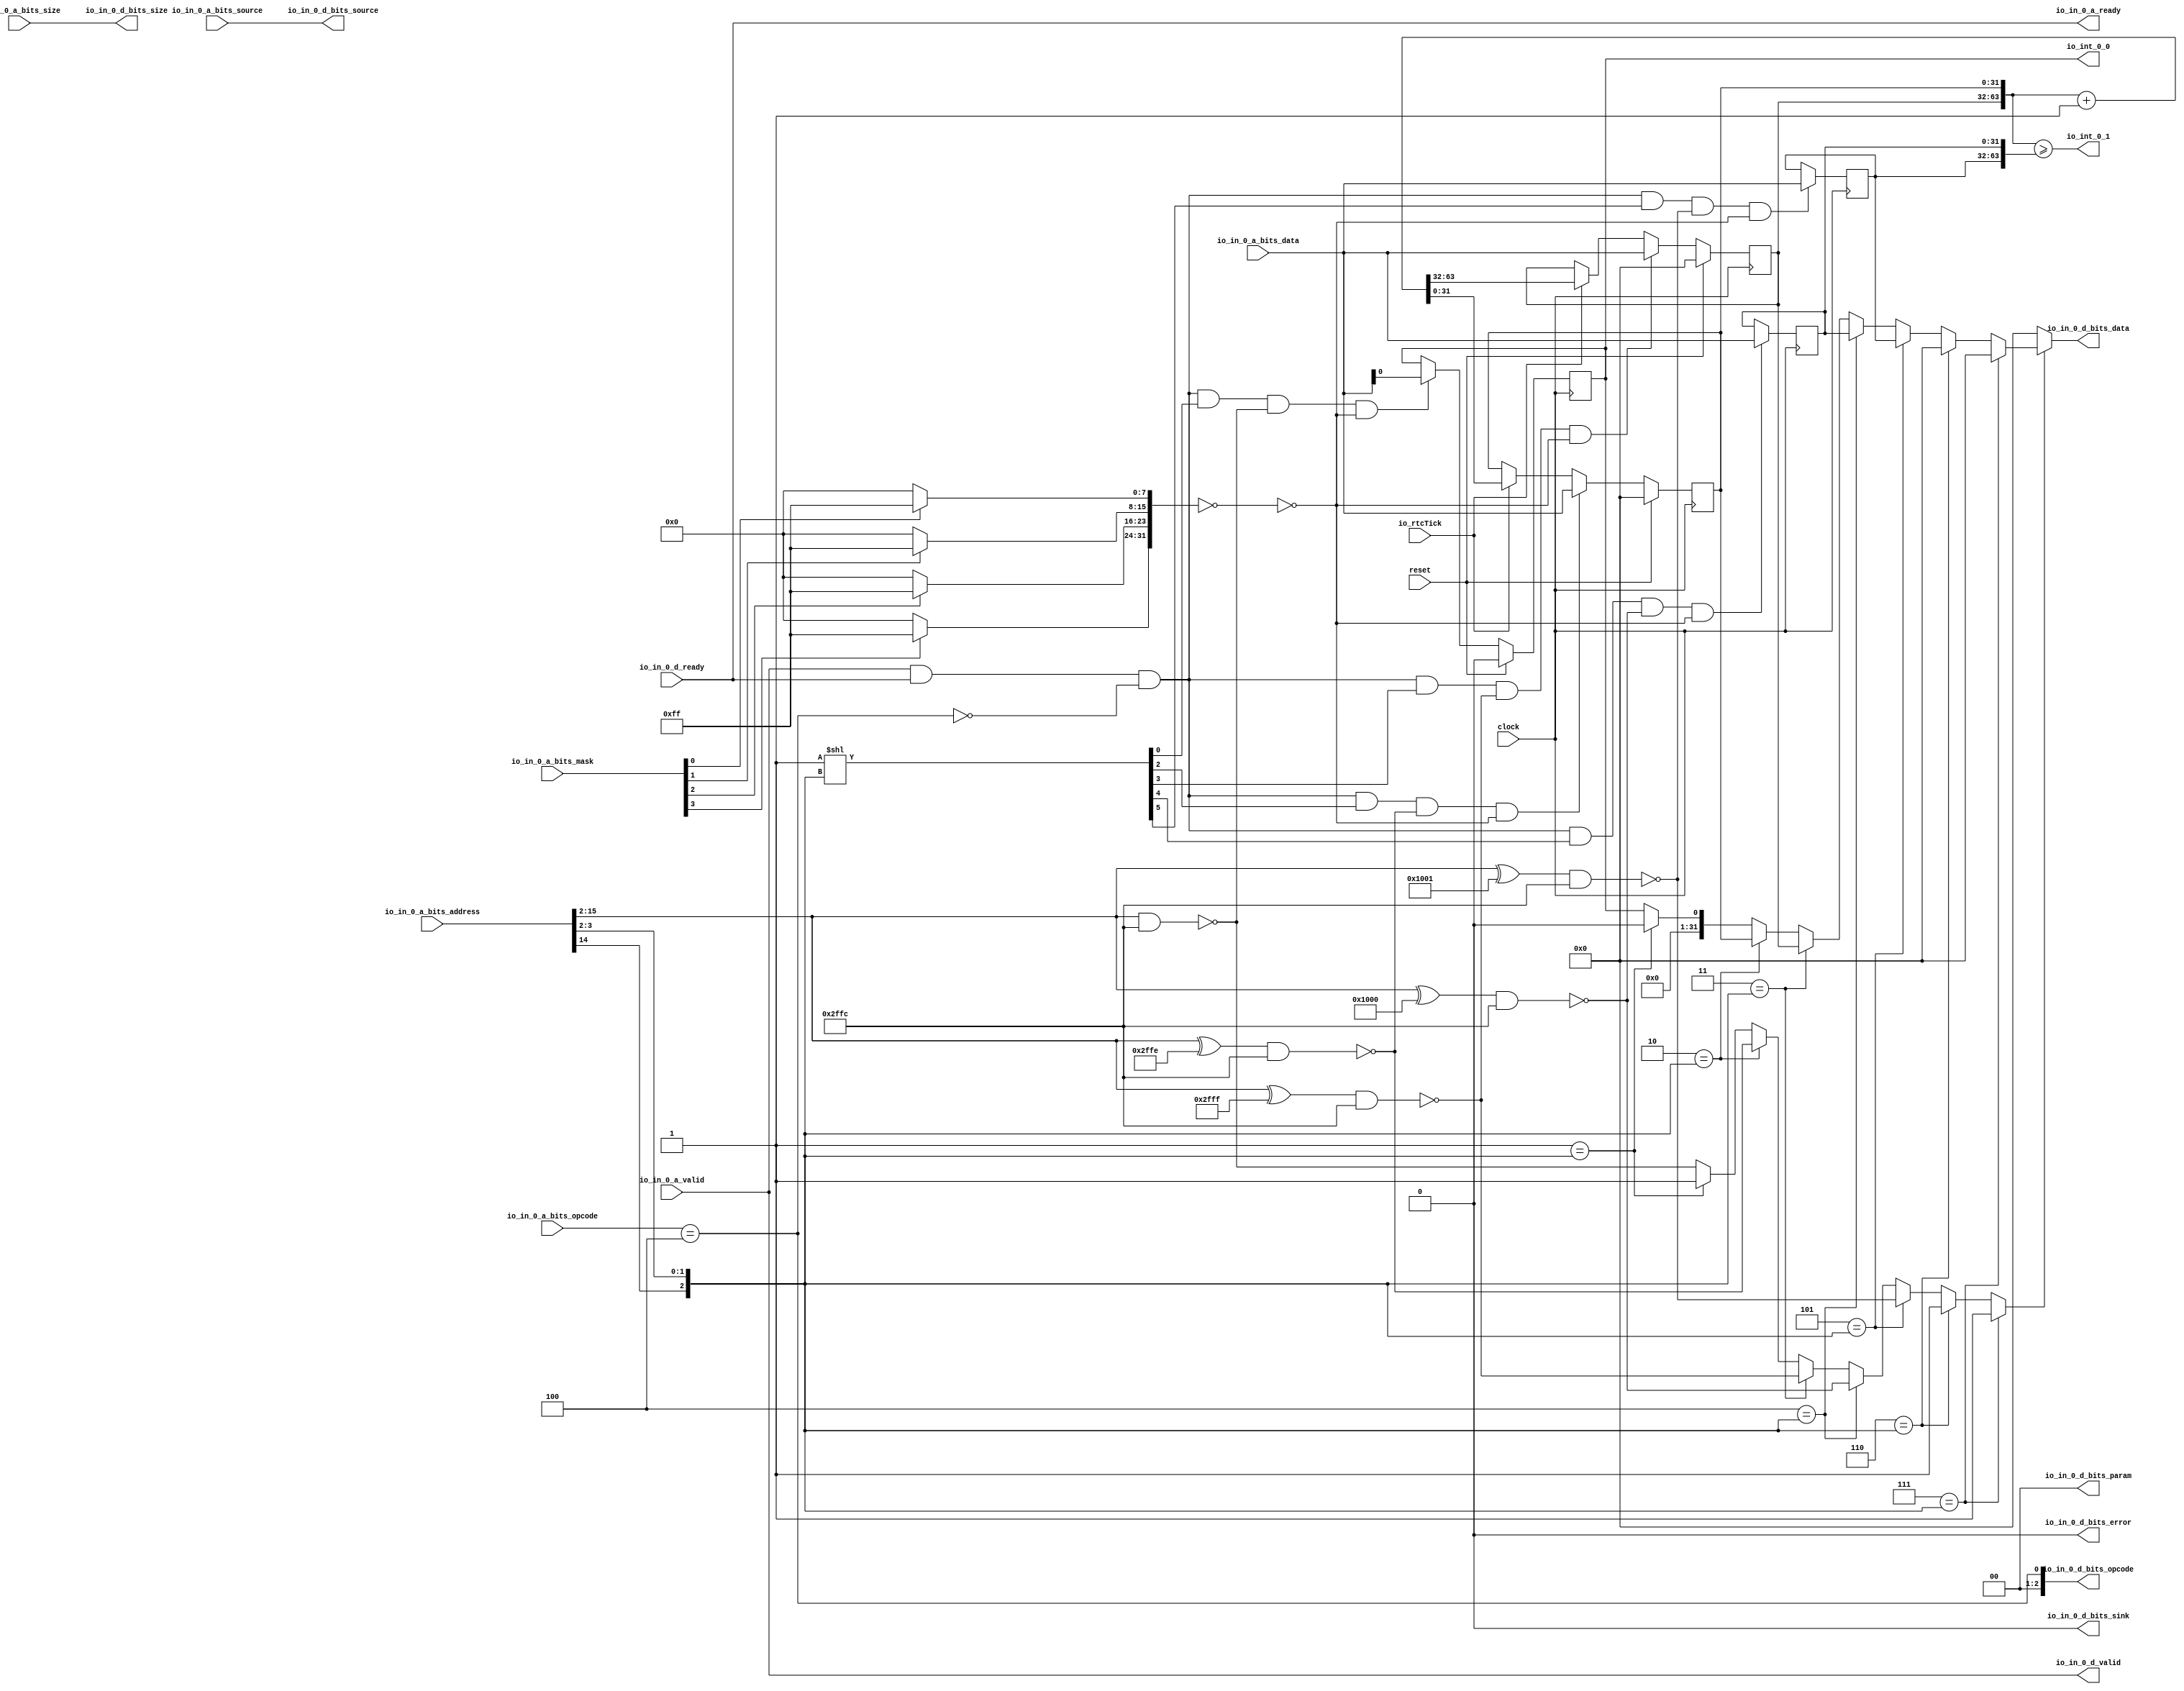
// Copyright (c) 2017, Microsemi Corporation
// All rights reserved.
//
// Redistribution and use in source and binary forms, with or without
// modification, are permitted provided that the following conditions are met:
//     * Redistributions of source code must retain the above copyright
//       notice, this list of conditions and the following disclaimer.
//     * Redistributions in binary form must reproduce the above copyright
//       notice, this list of conditions and the following disclaimer in the
//       documentation and/or other materials provided with the distribution.
//     * Neither the name of the <organization> nor the
//       names of its contributors may be used to endorse or promote products
//       derived from this software without specific prior written permission.
//
// THIS SOFTWARE IS PROVIDED BY THE COPYRIGHT HOLDERS AND CONTRIBUTORS "AS IS" AND
// ANY EXPRESS OR IMPLIED WARRANTIES, INCLUDING, BUT NOT LIMITED TO, THE IMPLIED
// WARRANTIES OF MERCHANTABILITY AND FITNESS FOR A PARTICULAR PURPOSE ARE
// DISCLAIMED. IN NO EVENT SHALL MICROSEMI CORPORATIONM BE LIABLE FOR ANY
// DIRECT, INDIRECT, INCIDENTAL, SPECIAL, EXEMPLARY, OR CONSEQUENTIAL DAMAGES
// (INCLUDING, BUT NOT LIMITED TO, PROCUREMENT OF SUBSTITUTE GOODS OR SERVICES;
// LOSS OF USE, DATA, OR PROFITS; OR BUSINESS INTERRUPTION) HOWEVER CAUSED AND
// ON ANY THEORY OF LIABILITY, WHETHER IN CONTRACT, STRICT LIABILITY, OR TORT
// (INCLUDING NEGLIGENCE OR OTHERWISE) ARISING IN ANY WAY OUT OF THE USE OF THIS
// SOFTWARE, EVEN IF ADVISED OF THE POSSIBILITY OF SUCH DAMAGE.
//
// APACHE LICENSE
// Copyright (c) 2017, Microsemi Corporation 
//
// Licensed under the Apache License, Version 2.0 (the "License");
// you may not use this file except in compliance with the License.
// You may obtain a copy of the License at
//
//    http://www.apache.org/licenses/LICENSE-2.0
//
// Unless required by applicable law or agreed to in writing, software
// distributed under the License is distributed on an "AS IS" BASIS,
// WITHOUT WARRANTIES OR CONDITIONS OF ANY KIND, either express or implied.
// See the License for the specific language governing permissions and
// limitations under the License.
//
// Description:
//
// SVN Revision Information:
// SVN $Revision: $
// SVN $Date: $
//
// Resolved SARs
// SAR      Date     Who   Description
//
// Notes:
//
// ****************************************************************************/
`define RANDOMIZE
`timescale 1ns/10ps
module PROC_SUBSYSTEM_MIV_RV32IMA_L1_AHB_0_MIV_RV32IMA_L1_AHB_COREPLEX_LOCAL_INTERRUPTER_CLINT(
  input         clock,
  input         reset,
  input         io_rtcTick,
  output        io_int_0_0,
  output        io_int_0_1,
  output        io_in_0_a_ready,
  input         io_in_0_a_valid,
  input  [2:0]  io_in_0_a_bits_opcode,
  input  [1:0]  io_in_0_a_bits_size,
  input  [6:0]  io_in_0_a_bits_source,
  input  [30:0] io_in_0_a_bits_address,
  input  [3:0]  io_in_0_a_bits_mask,
  input  [31:0] io_in_0_a_bits_data,
  input         io_in_0_d_ready,
  output        io_in_0_d_valid,
  output [2:0]  io_in_0_d_bits_opcode,
  output [1:0]  io_in_0_d_bits_param,
  output [1:0]  io_in_0_d_bits_size,
  output [6:0]  io_in_0_d_bits_source,
  output        io_in_0_d_bits_sink,
  output [31:0] io_in_0_d_bits_data,
  output        io_in_0_d_bits_error
);
  reg [31:0] time_0;
  reg [31:0] _RAND_0;
  reg [31:0] time_1;
  reg [31:0] _RAND_1;
  wire [63:0] _T_69;
  wire [64:0] _T_71;
  wire [63:0] _T_72;
  wire [31:0] _T_74;
  wire [63:0] _GEN_6;
  wire [31:0] _GEN_7;
  reg [31:0] timecmp_0_0;
  reg [31:0] _RAND_2;
  reg [31:0] timecmp_0_1;
  reg [31:0] _RAND_3;
  reg  ipi_0;
  reg [31:0] _RAND_4;
  wire [63:0] _T_81;
  wire  _T_82;
  wire [13:0] _T_88_bits_index;
  wire  _T_93;
  wire [28:0] _T_94;
  wire [8:0] _T_95;
  wire [13:0] _T_134;
  wire  _T_136;
  wire [13:0] _T_142;
  wire [13:0] _T_143;
  wire  _T_145;
  wire [13:0] _T_151;
  wire [13:0] _T_152;
  wire  _T_154;
  wire [13:0] _T_160;
  wire [13:0] _T_161;
  wire  _T_163;
  wire [13:0] _T_169;
  wire [13:0] _T_170;
  wire  _T_172;
  wire  _T_229;
  wire  _T_230;
  wire  _T_231;
  wire  _T_232;
  wire [7:0] _T_236;
  wire [7:0] _T_240;
  wire [7:0] _T_244;
  wire [7:0] _T_248;
  wire [15:0] _T_249;
  wire [15:0] _T_250;
  wire [31:0] _T_251;
  wire [31:0] _T_279;
  wire  _T_281;
  wire  _T_294;
  wire [31:0] _GEN_8;
  wire [31:0] _T_313;
  wire  _T_334;
  wire [31:0] _GEN_9;
  wire  _T_374;
  wire [63:0] _GEN_10;
  wire  _T_414;
  wire [31:0] _GEN_11;
  wire  _T_454;
  wire [31:0] _GEN_12;
  wire  _T_475;
  wire  _T_476;
  wire  _T_487;
  wire [1:0] _T_489;
  wire [2:0] _T_490;
  wire [7:0] _T_508;
  wire  _T_509;
  wire  _T_511;
  wire  _T_512;
  wire  _T_513;
  wire  _T_514;
  wire  _T_527;
  wire  _T_608;
  wire  _T_609;
  wire  _T_612;
  wire  _T_628;
  wire  _T_636;
  wire  _T_644;
  wire  _T_652;
  wire  _T_773;
  wire  _T_789;
  wire  _T_797;
  wire  _T_805;
  wire  _T_813;
  wire  _GEN_41;
  wire  _GEN_42;
  wire  _GEN_43;
  wire  _GEN_44;
  wire  _GEN_45;
  wire  _GEN_46;
  wire  _GEN_47;
  wire [31:0] _GEN_48;
  wire [31:0] _GEN_49;
  wire [31:0] _GEN_50;
  wire [31:0] _GEN_51;
  wire [31:0] _GEN_52;
  wire [31:0] _GEN_53;
  wire [31:0] _GEN_54;
  wire [31:0] _T_886;
  wire [6:0] _T_887;
  wire [1:0] _T_888;
  assign io_int_0_0 = ipi_0;
  assign io_int_0_1 = _T_82;
  assign io_in_0_a_ready = io_in_0_d_ready;
  assign io_in_0_d_valid = io_in_0_a_valid;
  assign io_in_0_d_bits_opcode = {{2'd0}, _T_93};
  assign io_in_0_d_bits_param = 2'h0;
  assign io_in_0_d_bits_size = _T_888;
  assign io_in_0_d_bits_source = _T_887;
  assign io_in_0_d_bits_sink = 1'h0;
  assign io_in_0_d_bits_data = _T_886;
  assign io_in_0_d_bits_error = 1'h0;
  assign _T_69 = {time_1,time_0};
  assign _T_71 = _T_69 + 64'h1;
  assign _T_72 = _T_71[63:0];
  assign _T_74 = _T_72[63:32];
  assign _GEN_6 = io_rtcTick ? _T_72 : {{32'd0}, time_0};
  assign _GEN_7 = io_rtcTick ? _T_74 : time_1;
  assign _T_81 = {timecmp_0_1,timecmp_0_0};
  assign _T_82 = _T_69 >= _T_81;
  assign _T_88_bits_index = _T_94[13:0];
  assign _T_93 = io_in_0_a_bits_opcode == 3'h4;
  assign _T_94 = io_in_0_a_bits_address[30:2];
  assign _T_95 = {io_in_0_a_bits_source,io_in_0_a_bits_size};
  assign _T_134 = _T_88_bits_index & 14'h2ffc;
  assign _T_136 = _T_134 == 14'h0;
  assign _T_142 = _T_88_bits_index ^ 14'h1001;
  assign _T_143 = _T_142 & 14'h2ffc;
  assign _T_145 = _T_143 == 14'h0;
  assign _T_151 = _T_88_bits_index ^ 14'h2ffe;
  assign _T_152 = _T_151 & 14'h2ffc;
  assign _T_154 = _T_152 == 14'h0;
  assign _T_160 = _T_88_bits_index ^ 14'h2fff;
  assign _T_161 = _T_160 & 14'h2ffc;
  assign _T_163 = _T_161 == 14'h0;
  assign _T_169 = _T_88_bits_index ^ 14'h1000;
  assign _T_170 = _T_169 & 14'h2ffc;
  assign _T_172 = _T_170 == 14'h0;
  assign _T_229 = io_in_0_a_bits_mask[0];
  assign _T_230 = io_in_0_a_bits_mask[1];
  assign _T_231 = io_in_0_a_bits_mask[2];
  assign _T_232 = io_in_0_a_bits_mask[3];
  assign _T_236 = _T_229 ? 8'hff : 8'h0;
  assign _T_240 = _T_230 ? 8'hff : 8'h0;
  assign _T_244 = _T_231 ? 8'hff : 8'h0;
  assign _T_248 = _T_232 ? 8'hff : 8'h0;
  assign _T_249 = {_T_240,_T_236};
  assign _T_250 = {_T_248,_T_244};
  assign _T_251 = {_T_250,_T_249};
  assign _T_279 = ~ _T_251;
  assign _T_281 = _T_279 == 32'h0;
  assign _T_294 = _T_773 & _T_281;
  assign _GEN_8 = _T_294 ? io_in_0_a_bits_data : {{31'd0}, ipi_0};
  assign _T_313 = {{31'd0}, ipi_0};
  assign _T_334 = _T_813 & _T_281;
  assign _GEN_9 = _T_334 ? io_in_0_a_bits_data : timecmp_0_1;
  assign _T_374 = _T_789 & _T_281;
  assign _GEN_10 = _T_374 ? {{32'd0}, io_in_0_a_bits_data} : _GEN_6;
  assign _T_414 = _T_797 & _T_281;
  assign _GEN_11 = _T_414 ? io_in_0_a_bits_data : _GEN_7;
  assign _T_454 = _T_805 & _T_281;
  assign _GEN_12 = _T_454 ? io_in_0_a_bits_data : timecmp_0_0;
  assign _T_475 = _T_88_bits_index[0];
  assign _T_476 = _T_88_bits_index[1];
  assign _T_487 = _T_88_bits_index[12];
  assign _T_489 = {_T_487,_T_476};
  assign _T_490 = {_T_489,_T_475};
  assign _T_508 = 8'h1 << _T_490;
  assign _T_509 = _T_508[0];
  assign _T_511 = _T_508[2];
  assign _T_512 = _T_508[3];
  assign _T_513 = _T_508[4];
  assign _T_514 = _T_508[5];
  assign _T_527 = io_in_0_a_valid & io_in_0_d_ready;
  assign _T_608 = _T_93 == 1'h0;
  assign _T_609 = _T_527 & _T_608;
  assign _T_612 = _T_609 & _T_509;
  assign _T_628 = _T_609 & _T_511;
  assign _T_636 = _T_609 & _T_512;
  assign _T_644 = _T_609 & _T_513;
  assign _T_652 = _T_609 & _T_514;
  assign _T_773 = _T_612 & _T_136;
  assign _T_789 = _T_628 & _T_154;
  assign _T_797 = _T_636 & _T_163;
  assign _T_805 = _T_644 & _T_172;
  assign _T_813 = _T_652 & _T_145;
  assign _GEN_41 = 3'h1 == _T_490 ? 1'h1 : _T_136;
  assign _GEN_42 = 3'h2 == _T_490 ? _T_154 : _GEN_41;
  assign _GEN_43 = 3'h3 == _T_490 ? _T_163 : _GEN_42;
  assign _GEN_44 = 3'h4 == _T_490 ? _T_172 : _GEN_43;
  assign _GEN_45 = 3'h5 == _T_490 ? _T_145 : _GEN_44;
  assign _GEN_46 = 3'h6 == _T_490 ? 1'h1 : _GEN_45;
  assign _GEN_47 = 3'h7 == _T_490 ? 1'h1 : _GEN_46;
  assign _GEN_48 = 3'h1 == _T_490 ? 32'h0 : _T_313;
  assign _GEN_49 = 3'h2 == _T_490 ? time_0 : _GEN_48;
  assign _GEN_50 = 3'h3 == _T_490 ? time_1 : _GEN_49;
  assign _GEN_51 = 3'h4 == _T_490 ? timecmp_0_0 : _GEN_50;
  assign _GEN_52 = 3'h5 == _T_490 ? timecmp_0_1 : _GEN_51;
  assign _GEN_53 = 3'h6 == _T_490 ? 32'h0 : _GEN_52;
  assign _GEN_54 = 3'h7 == _T_490 ? 32'h0 : _GEN_53;
  assign _T_886 = _GEN_47 ? _GEN_54 : 32'h0;
  assign _T_887 = _T_95[8:2];
  assign _T_888 = _T_95[1:0];
`ifdef RANDOMIZE
  integer initvar;
  initial begin
    `ifndef verilator
      #0.002 begin end
    `endif
  `ifdef RANDOMIZE_REG_INIT
  _RAND_0 = {1{$random}};
  time_0 = _RAND_0[31:0];
  `endif // RANDOMIZE_REG_INIT
  `ifdef RANDOMIZE_REG_INIT
  _RAND_1 = {1{$random}};
  time_1 = _RAND_1[31:0];
  `endif // RANDOMIZE_REG_INIT
  `ifdef RANDOMIZE_REG_INIT
  _RAND_2 = {1{$random}};
  timecmp_0_0 = _RAND_2[31:0];
  `endif // RANDOMIZE_REG_INIT
  `ifdef RANDOMIZE_REG_INIT
  _RAND_3 = {1{$random}};
  timecmp_0_1 = _RAND_3[31:0];
  `endif // RANDOMIZE_REG_INIT
  `ifdef RANDOMIZE_REG_INIT
  _RAND_4 = {1{$random}};
  ipi_0 = _RAND_4[0:0];
  `endif // RANDOMIZE_REG_INIT
  end
`endif // RANDOMIZE
  always @(posedge clock) begin
    if (reset) begin
      time_0 <= 32'h0;
    end else begin
      time_0 <= _GEN_10[31:0];
    end
    if (reset) begin
      time_1 <= 32'h0;
    end else begin
      if (_T_414) begin
        time_1 <= io_in_0_a_bits_data;
      end else begin
        if (io_rtcTick) begin
          time_1 <= _T_74;
        end
      end
    end
    if (_T_454) begin
      timecmp_0_0 <= io_in_0_a_bits_data;
    end
    if (_T_334) begin
      timecmp_0_1 <= io_in_0_a_bits_data;
    end
    if (reset) begin
      ipi_0 <= 1'h0;
    end else begin
      ipi_0 <= _GEN_8[0];
    end
  end
endmodule